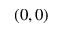
( 0 , 0 )